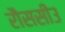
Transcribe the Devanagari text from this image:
रौससीउ